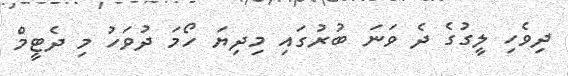
ދިވެހި ލީގުގެ ދެ ވަނަ ބުރުގައި މިދިޔަ ހޯމަ ދުވަހު މި ދެޓީމް